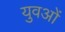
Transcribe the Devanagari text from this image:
युवओं